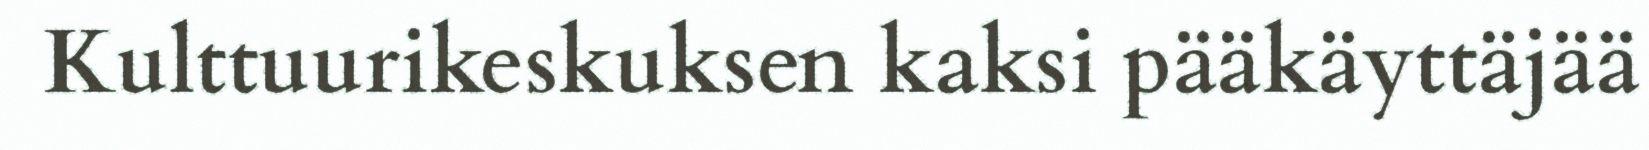
Kulttuurikeskuksen kaksi pääkäyttäjää